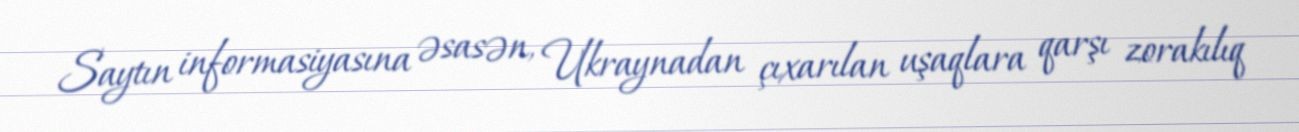
Saytın informasiyasına əsasən, Ukraynadan çıxarılan uşaqlara qarşı zorakılıq